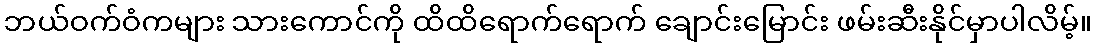
ဘယ်ဝက်ဝံကများ သားကောင်ကို ထိထိရောက်ရောက် ချောင်းမြောင်း ဖမ်းဆီးနိုင်မှာပါလိမ့်။